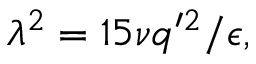
\lambda ^ { 2 } = 1 5 \nu q ^ { \prime 2 } / \epsilon ,